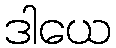
ဒါယေ